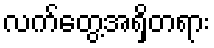
လက်တွေ့အရှိတရား